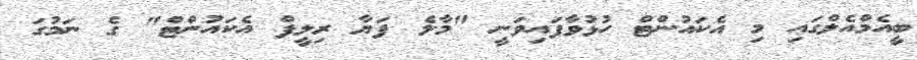
ބީއެމްއެލްގައި މި އެކައުންޓް ހުޅުވާފައިވަނީ "މާލެ ފަޔާ ރިލީފް އެކައުންޓް" ގެ ނަމުގަ